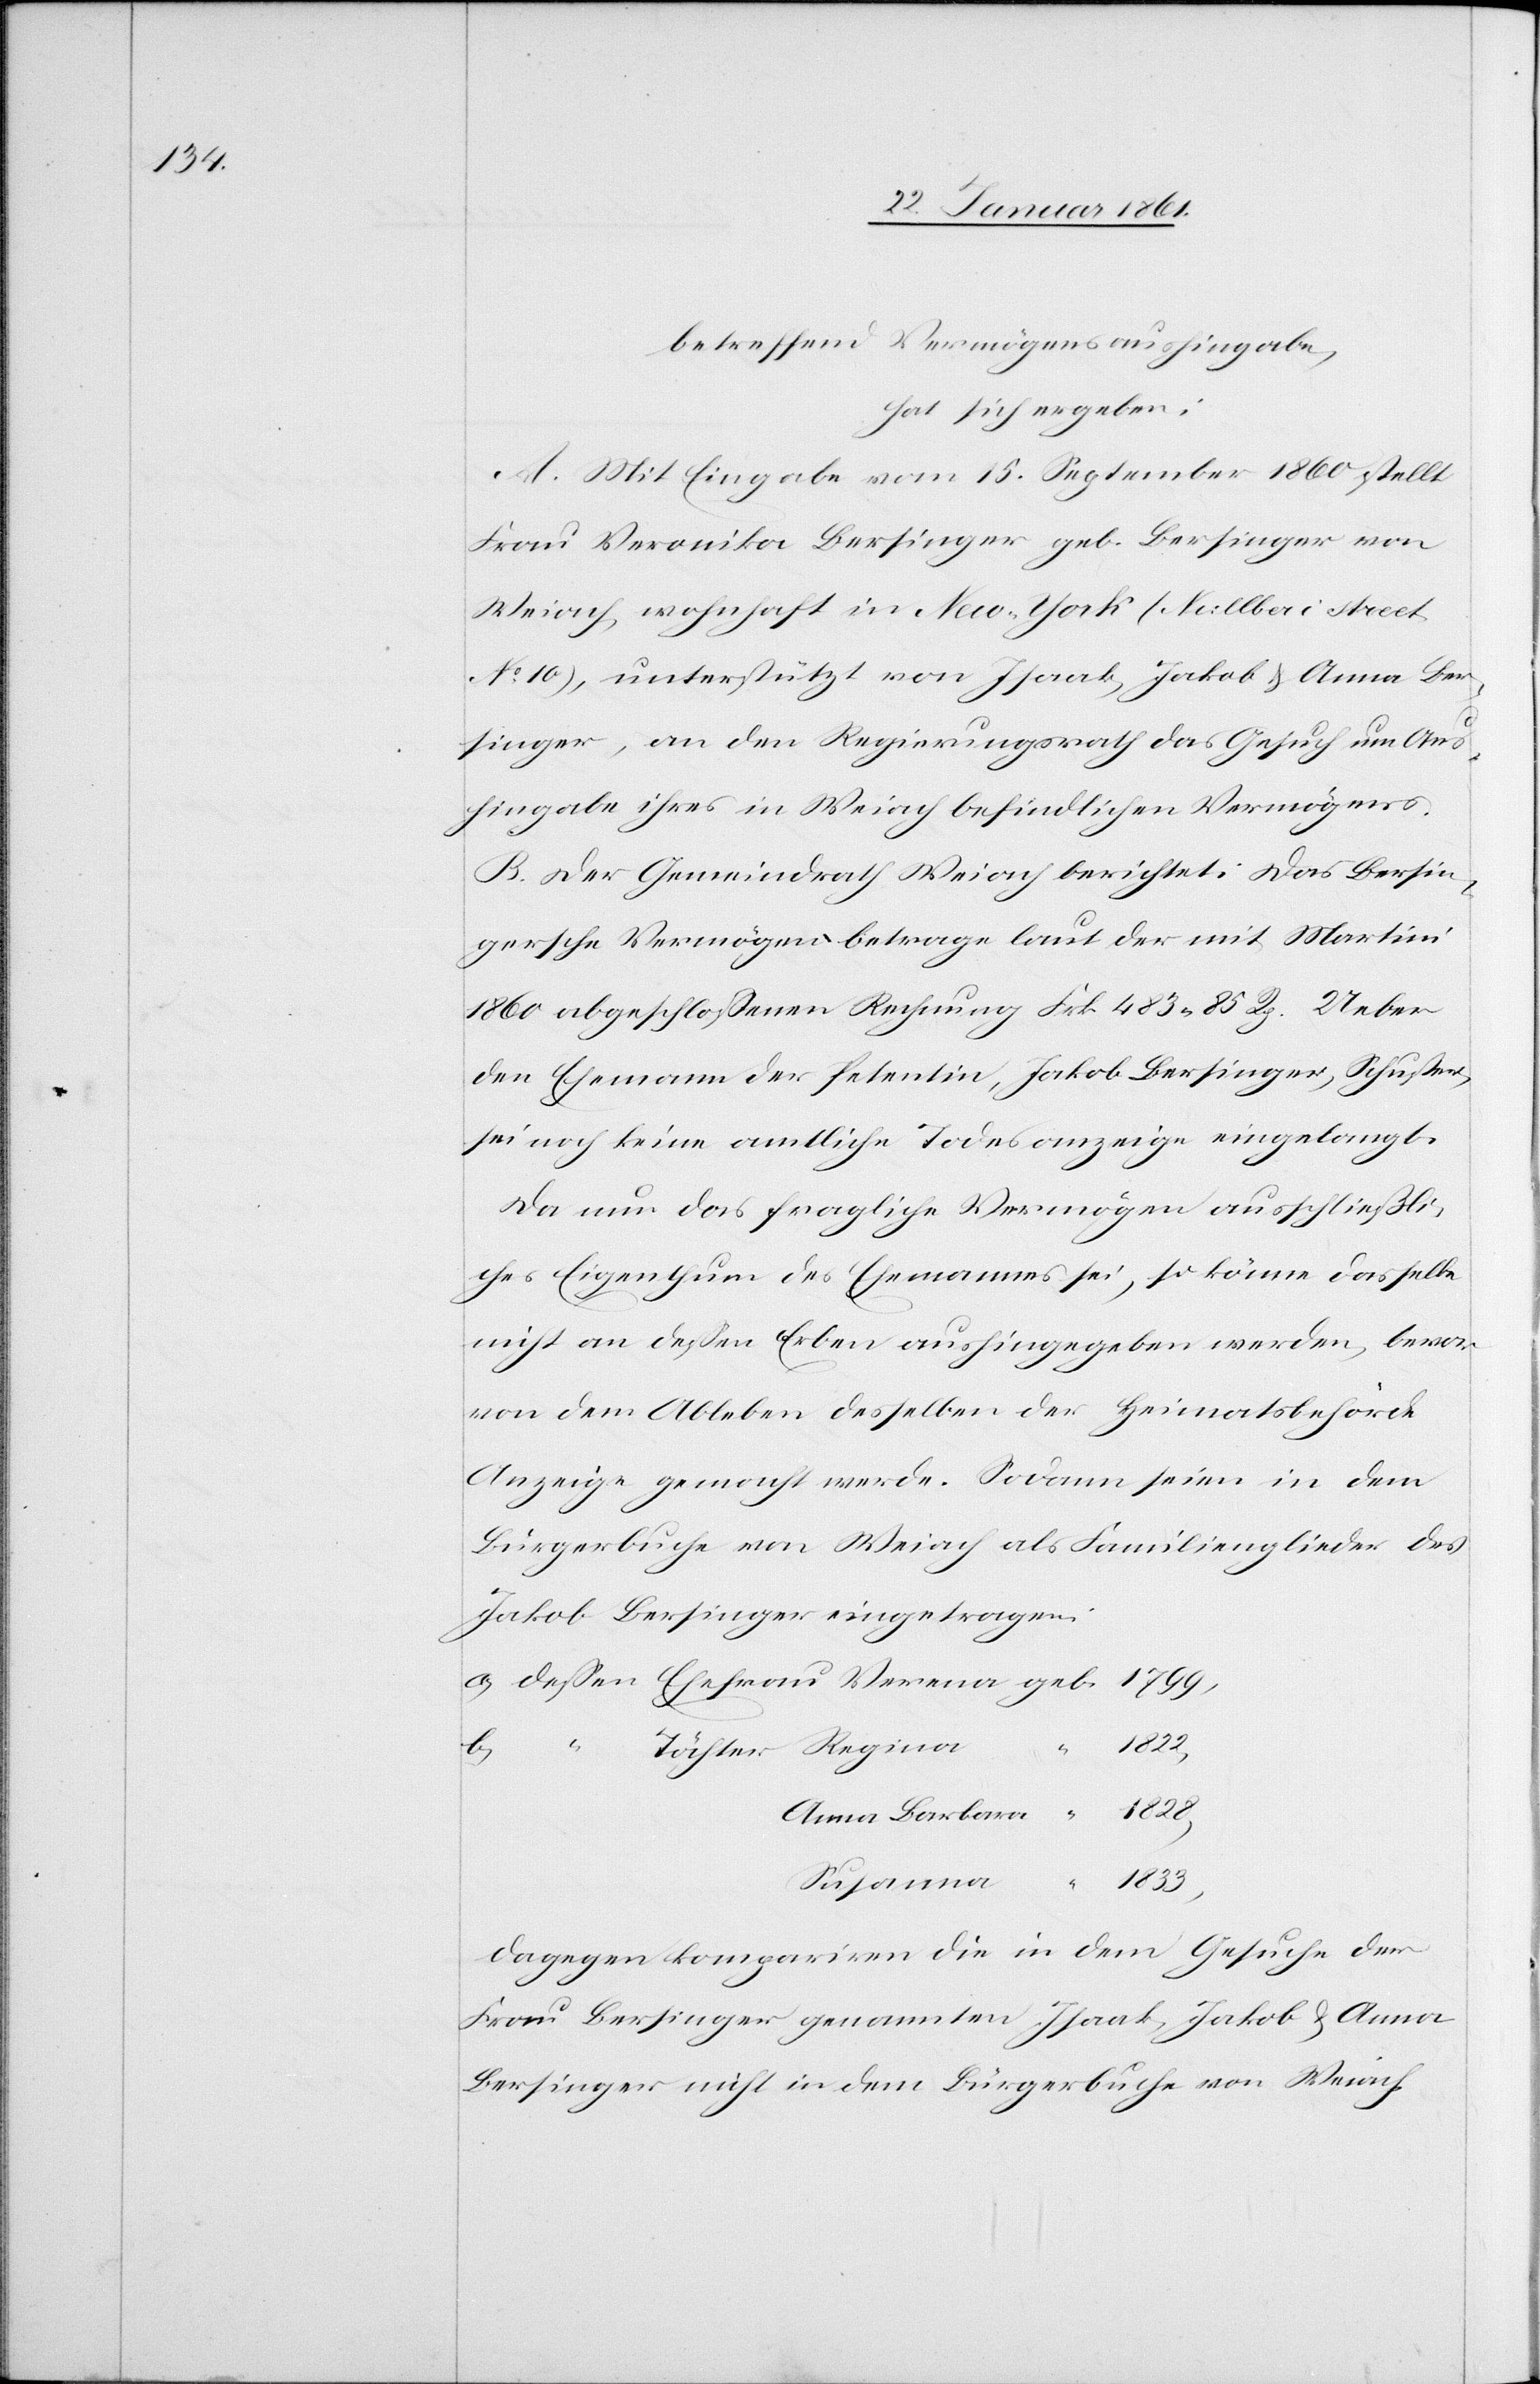
betreffend Vermögensaushingabe,
hat sich ergeben:
A. Mit Eingabe vom 15. September 1860 stellt
Frau Veronika Bersinger geb. Bersinger von
No 10) unterstützt von Isaak, Jakob u. Anna Ber¬
singer, an den Regierungsrath das Gesuch um Aus¬
hingabe ihres in Weiach befindlichen Vermögens.
B. Der Gemeindrath Weiach berichtet: Das Bersin¬
gersche Vermögen betrage laut der mit Martini
1860 abgeschlossenen Rechnung Frk. 483 85 Rp. Ueber
den Ehemann der Petentin, Jakob Bersinger, Schuster,
sei noch keine amtliche Todesanzeige eingelangt.
Da nun das fragliche Vermögen ausschließli¬
ches Eigenthum des Ehemannes sei, so könne dasselbe
nicht an dessen Erben aushingegeben werden, bevor
von dem Ableben desselben der Heimatsbehörde
Anzeige gemacht werde. Sodann seien in dem
Bürgerbuche von Weiach als Familienglieder des
Jakob Bersinger eingetragen:
1822,
Anna Bar¬
b)
bara
Susanna
1833,
Dagegen kompariren die in dem Gesuche der
Frau Bersinger genannten Isaak, Jakob u. Anna
Bersinger nicht in dem Bürgerbuche von Weiach.